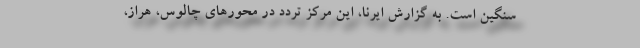
سنگین است. به گزارش ایرنا، این مرکز تردد در محورهای چالوس، هراز،